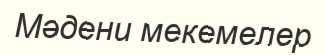
Мәдени мекемелер